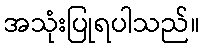
အသုံးပြုရပါသည်။